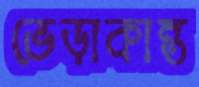
ভেড়াকান্ত